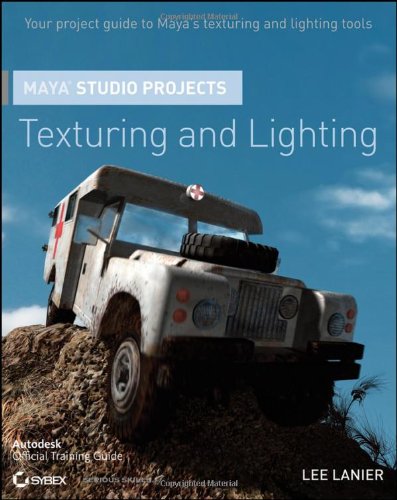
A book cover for Maya Studio Projects Texturing and Lighting; Lee Lanier; Computers & Technology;